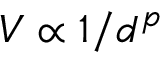
V \propto 1 / d ^ { p }